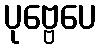
ပုဗ္ဗေပေ